Annual report on the Civil Veterinary Department, Burma (including the Insein Veterinary School) - 1910-1922
Year: 1910
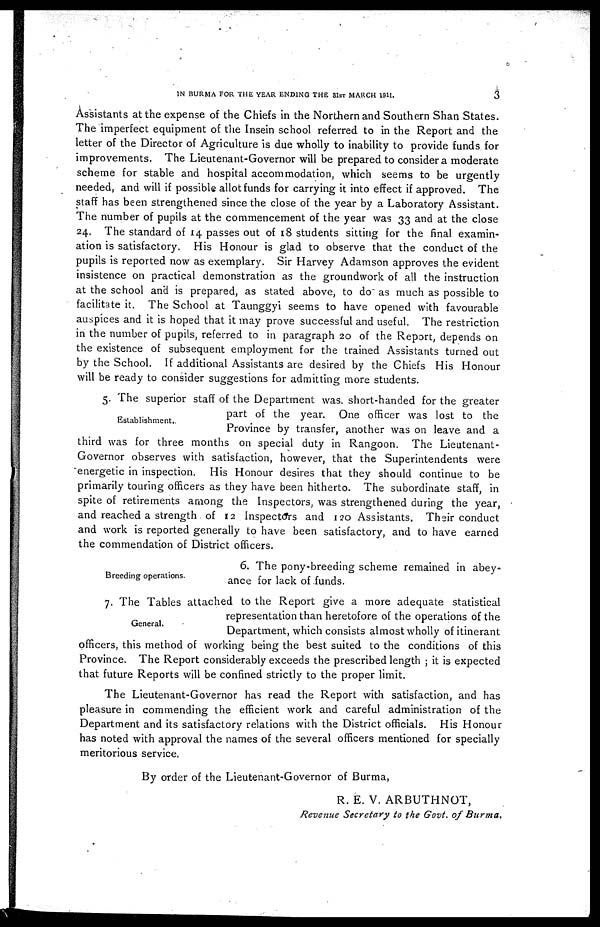
IN BURMA FOR THE YEAR ENDING THE 31ST MARCH 1911.
3
Assistants at the expense of the Chiefs in the Northern and Southern Shan States.
The imperfect equipment of the Insein school referred to in the Report and the
letter of the Director of Agriculture is due wholly to inability to provide funds for
improvements. The Lieutenant-Governor will be prepared to consider a moderate
scheme for stable and hospital accommodation, which seems to be urgently
needed, and will if possible allot funds for carrying it into effect if approved. The
staff has been strengthened since the close of the year by a Laboratory Assistant.
The number of pupils at the commencement of the year was 33 and at the close
24. The standard of 14 passes out of 18 students sitting for the final examin-
ation is satisfactory. His Honour is glad to observe that the conduct of the
pupils is reported now as exemplary. Sir Harvey Adamson approves the evident
insistence on practical demonstration as the groundwork of all the instruction
at the school and is prepared, as stated above, to do as much as possible to
facilitate it. The School at Taunggyi seems to have opened with favourable
auspices and it is hoped that it may prove successful and useful. The restriction
in the number of pupils, referred to in paragraph 20 of the Report, depends on
the existence of subsequent employment for the trained Assistants turned out
by the School. If additional Assistants are desired by the Chiefs His Honour
will be ready to consider suggestions for admitting more students.
Establishment.
5. The superior staff of the Department was. short-handed for the greater
part of the year. One officer was lost to the
Province by transfer, another was on leave and a
third was for three months on special duty in Rangoon. The Lieutenant-
Governor observes with satisfaction, however, that the Superintendents were
energetic in inspection. His Honour desires that they should continue to be
primarily touring officers as they have been hitherto. The subordinate staff, in
spite of retirements among the Inspectors, was strengthened during the year,
and reached a strength of 12 Inspectors and 120 Assistants. Their conduct
and work is reported generally to have been satisfactory, and to have earned
the commendation of District officers.
Breeding operations.
6. The pony-breeding scheme remained in abey
ance for lack of funds.
General.
7. The Tables attached to the Report give a more adequate statistical
representation than heretofore of the operations of the
Department, which consists almost wholly of itinerant
officers, this method of working being the best suited to the conditions of this
Province. The Report considerably exceeds the prescribed length ; it is expected
that future Reports will be confined strictly to the proper limit.
The Lieutenant-Governor has read the Report with satisfaction, and has
pleasure in commending the efficient work and careful administration of the
Department and its satisfactory relations with the District officials. His Honour
has noted with approval the names of the several officers mentioned for specially
meritorious service.
By order of the Lieutenant-Governor of Burma,
R. E. V. ARBUTHNOT,
Revenue Secretary to the Govt, of Burma.